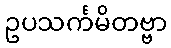
ဥပသင်္ကမိတဗ္ဗာ